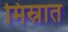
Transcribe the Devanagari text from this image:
मिस्रात